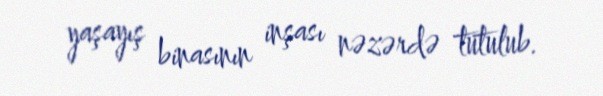
yaşayış binasının inşası nəzərdə tutulub.